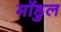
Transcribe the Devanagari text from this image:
मॉडुल